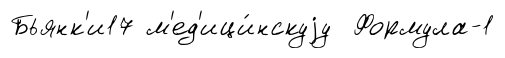
Бьянк'и17 м'ед'ици́нскуjу Формула-1